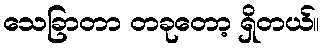
သေခြာတာ တခုတော့ ရှိတယ်။